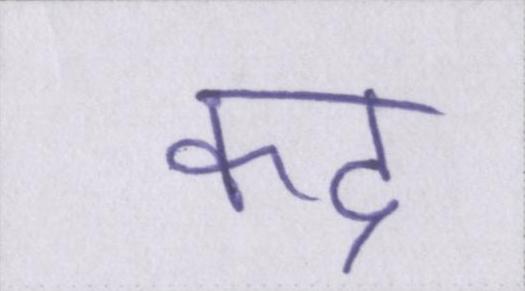
कद्र